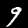
Label: 9